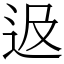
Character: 﨤